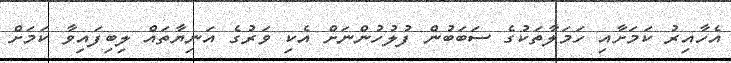
އެހާއިރު ކަމަށާއި ހަމަލާތަކުގެ ސަބަބުން ފުލުހުންނަށް އެކި ވަރުގެ އަނިޔާތައް ލިބިފައިވާ ކަމަށް